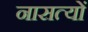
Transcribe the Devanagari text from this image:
नासत्यों